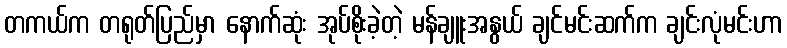
တကယ်က တရုတ်ပြည်မှာ နောက်ဆုံး အုပ်စိုးခဲ့တဲ့ မန်ချူးအနွယ် ချင်မင်းဆက်က ချင်းလုံမင်းဟာ